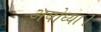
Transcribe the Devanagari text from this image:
अयोध्या।